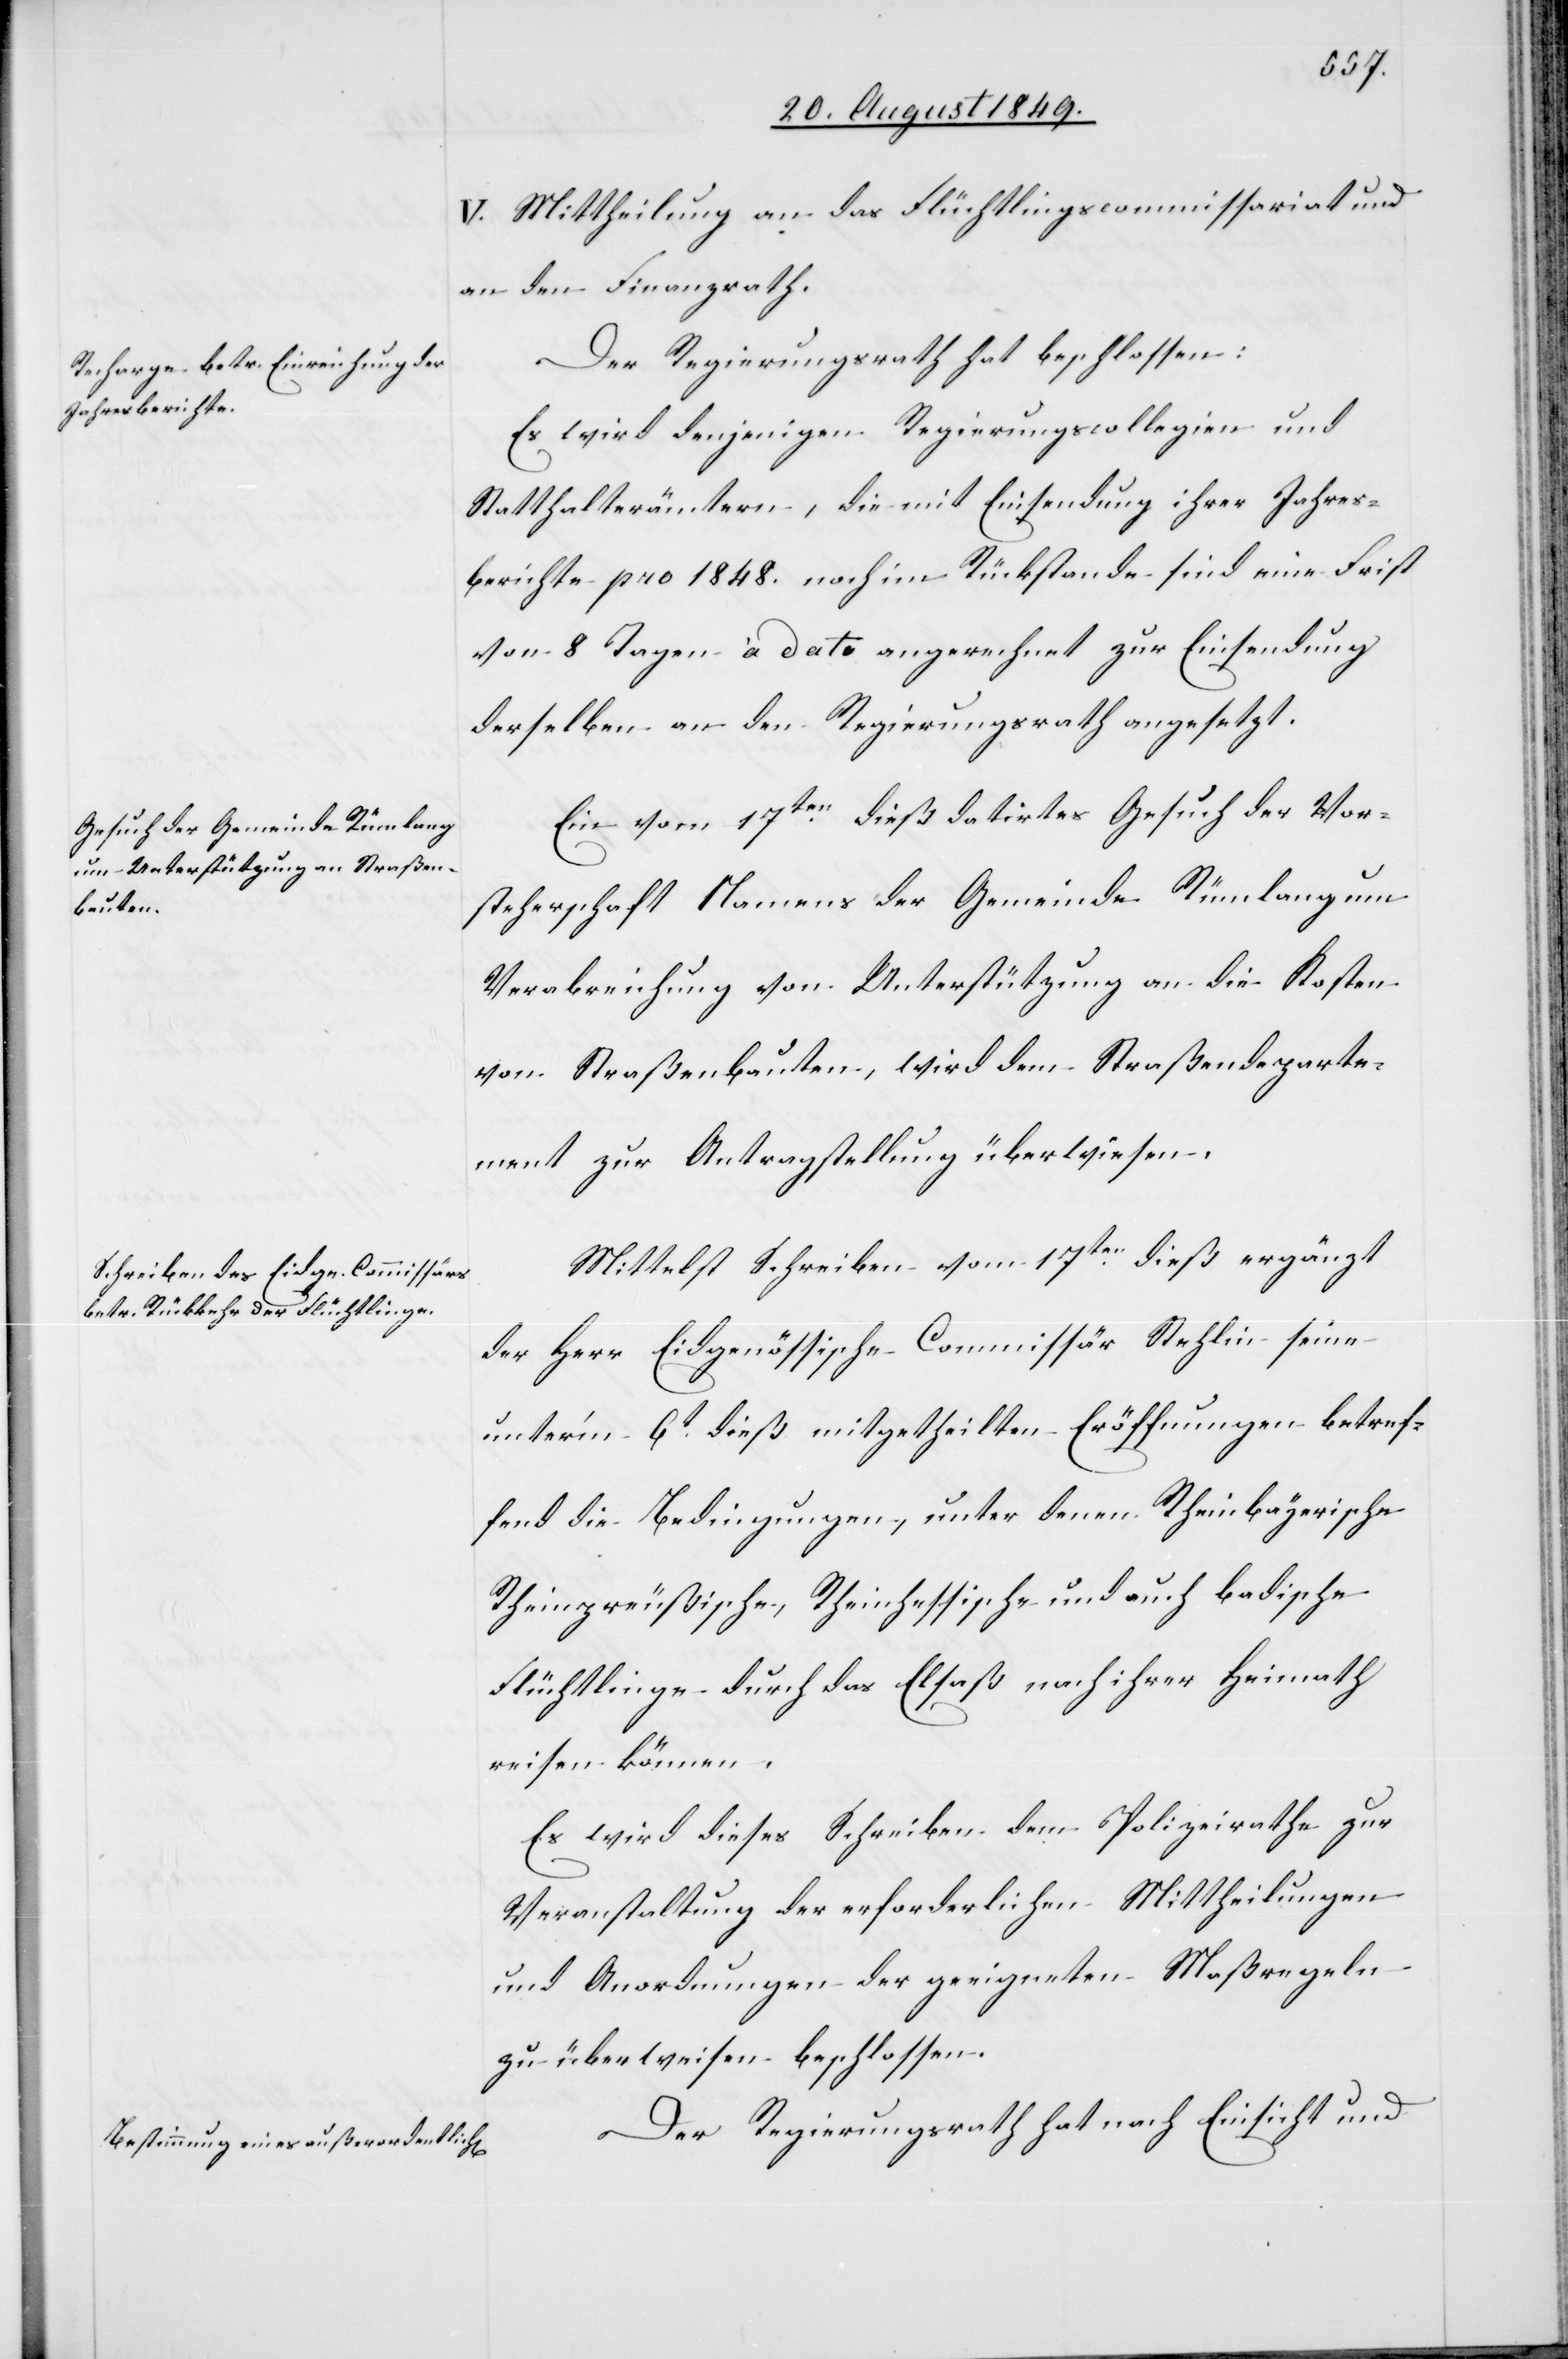
V. Mittheilung an das Flüchtlingscommissariat und
an den Finanzrath.
Der Regierungsrath hat beschlossen:
Es wird denjenigen Regierungskollegien und
Statthalterämtern, die mit Einsendung ihrer Jahres¬
berichte pro 1848. noch im Rückstande sind eine Frist
von 8 Tagen à dato angerechnet zur Einsendung
derselben an den Regierungsrath angesetzt.
Ein vom 17ten dieß datirtes Gesuch der Vor¬
steherschaft Namens der Gemeinde Rümlang um
Verabreichung von Unterstützung an die Kosten
von Straßenbauten, wird dem Straßendeparte¬
ment zur Antragstellung überwiesen.
Mittelst Schreiben vom 17ten dieß ergänzt
der Herr Eidgenössische Commissär Stehlin seine
unter’m 6t dieß mitgetheilten Eröffnungen betref¬
fend die Bedingungen, unter denen Rheinbayerische[,]
Rheinpreußische, Rheinhessische und auch badische
Flüchtlinge durch das Elsaß nach ihrer Heimath
reisen können.
Es wird dieses Schreiben dem Polizeirathe zur
Veranstaltung der erforderlichen Mittheilungen
und Anordnungen der geeigneten Maßregeln
zu überweisen beschlossen.
Der Regierungsrath hat nach Einsicht und